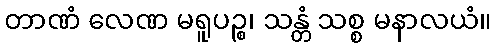
တာဏံ လေဏ မရူပဉ္စ၊ သန္တံ သစ္စ မနာလယံ။